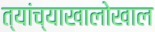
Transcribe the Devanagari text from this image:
त्यांच्याखालोखाल